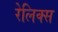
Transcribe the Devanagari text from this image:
रेलिक्स